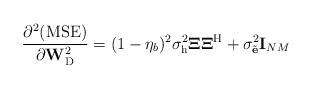
LaTeX: \begin{align*}\frac{\partial^{2}({\rm MSE})}{\partial\mathbf{W}_{\rm D}^{2}}=(1-\eta_b)^2\sigma^2_{\rm h}\mathbf{\Xi}\mathbf{\Xi}^{\rm H}+\sigma^2_{\tilde{\mathbf{e}}}\mathbf{I}_{NM}\end{align*}